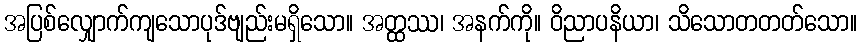
အပြစ်လျှောက်ကျသောပုဒ်ဗျည်းမရှိသော။ အတ္ထဿ၊ အနက်ကို။ ဝိညာပနိယာ၊ သိသောတတတ်သော။